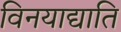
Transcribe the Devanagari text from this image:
विनयाद्याति